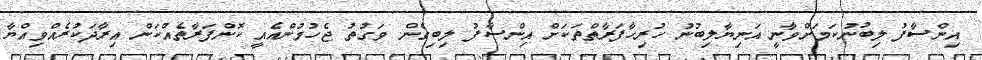
އިންސާފު ލިބުނުކަމަށްވާނީ އަނިޔާލިބުނު ހުރިހާފަރާތްތަކަށް އިންސާފު ލިބިގެން. ވަގުތު ޖެހުމުންއެއީ ކޮންފަރާތެއްކަން އިރާދަކުރެއްވިއްޔާ